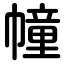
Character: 幢